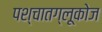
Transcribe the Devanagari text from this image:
पश्चातग्लूकोज